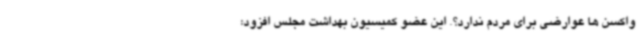
واکسن ها عوارضی برای مردم ندارد؟. این عضو کمیسیون بهداشت مجلس افزود: